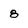
Character: 8